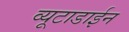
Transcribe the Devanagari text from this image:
व्यूटाडाईन